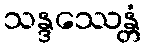
သန္ဒဿေန္တံ